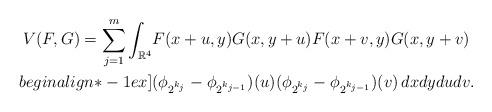
LaTeX: \begin{align*}V(F,G)= \sum_{j=1}^m \int_{\mathbb{R}^4} & F(x+u,y)G(x,y+u)F(x+v,y)G(x,y+v) \\begin{align*}-1ex]& (\phi_{2^{k_j}}- \phi_{2^{k_{j-1}}} )(u) (\phi_{2^{k_j}} - \phi_{2^{k_{j-1}}})(v) \,dx dy du dv.\end{align*}